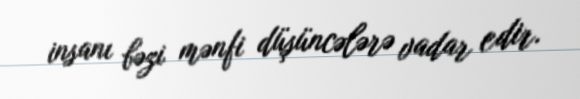
insanı bəzi mənfi düşüncələrə vadar edir.